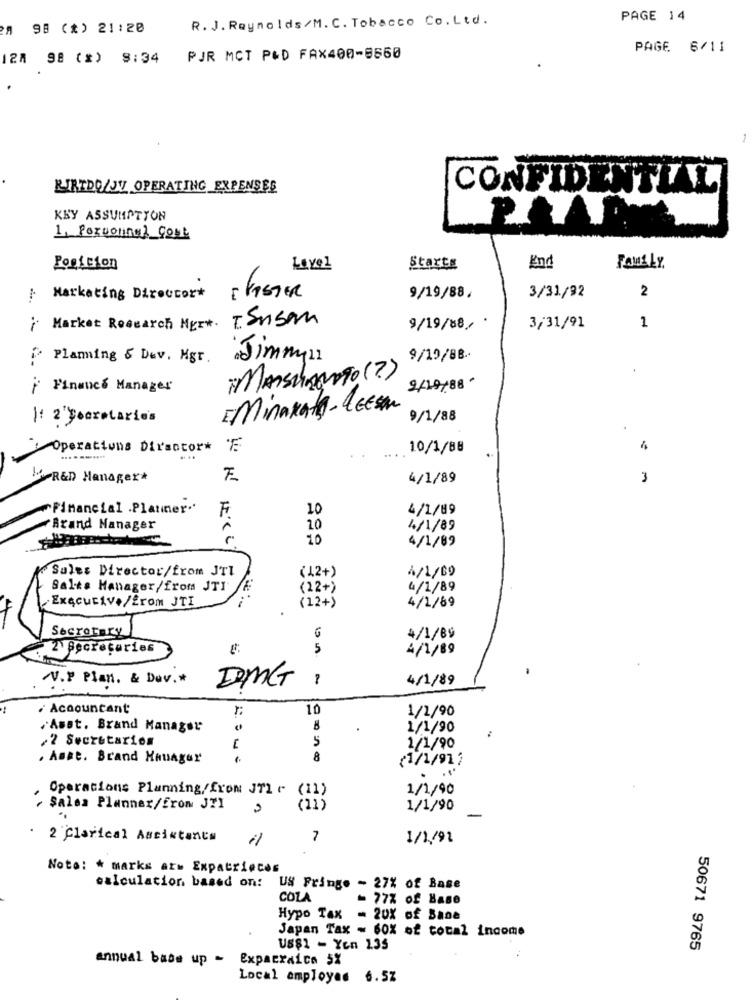
R. J. Reynolds/M. C. Tobacco Co.Ltd.
PAGE 14
98 (*) 21:20
PAGE 6/11
127 98 (%) 9:34
PJR MCT P&D FAX400-8660
KIRIDOLJV OPERATING EXPENSES
CONFIDENTIAL
KEY ASSUMPTION
PAAR
1, POZConnel Cost
Posicion
Level
Starts
End
FautLY
2
-
Marketing Director*
EFASTER
9/19/88.
3/31/92
; Market Research Mert. T. Susan
9/19/88 .
3/31/91
1
2. Planning & Dav. Mgr.
Jimmyn
9/19/88.
* MAISHAMOTO (?)
Finance Manager
E Minakata- LEEson
I: 2 yearstaries
9/1/88
Operations Director*
10/1/88
LA RED Manager*
4/1/89
3
"Financial .Platmer"'
F
10
4/1/89
Brand Manager
10
4/1/89
10
4/1/89
Sales Director/from JTI
(42+)
4/1/69
Sales Manager/from JTI
(22+)
4/1/89
Executive/from JTI
4/1/89
(12+)
Secretary
6
4/1/89
2 Secretaries
5
4/1/89
V.P Plan. & Dav .*
4/1/89
DMG
Accountant
10
1/1/90
/Asst. Brand Manager
1/1/90
:
/2 Secretarios
5
1/1/90
. Asse. Brand Hauager
8
₹1/1/917
1/1/90
Operations Planning/from JTl r (11)
Salas Planner/from JII
(11)
1/1/90
2 Clerical Assistance
il
7
1/1/91
Noto: * marks arm Expatrieces
calculation based on:
US Fringe - 27% of Base
COLA
- 77% of Base
Hypo Tax
= 20% of Bane
Japan Tax - 60% of total income
US$1 - Yen 135
50671 9765
annual base up - Exparraica 5%
Local employee 6.57